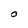
Character: O